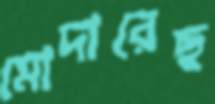
মোদারেছ